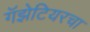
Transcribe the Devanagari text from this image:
गॅझेटियरचा